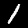
Digit: 1